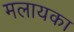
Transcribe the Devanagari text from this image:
मलायका